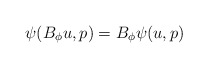
\begin{align*}\psi(B_\phi u,p) = B_\phi\psi(u,p)\end{align*}